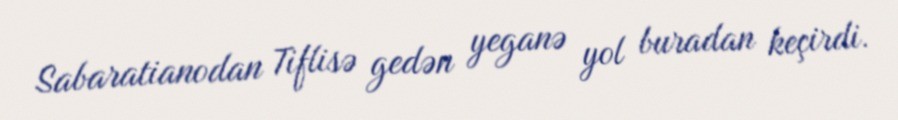
Sabaratianodan Tiflisə gedən yeganə yol buradan keçirdi.